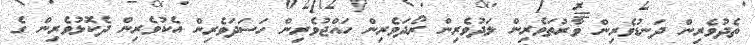
ތެދުވެރިން ދަނޑުވެރިން ވާރުތަވެރިން ލަދުވެރިން ރޯދަވެރިން ހައްޖުވެރިން ހަސަދަވެރިން އެކުވެރިން ދެކޮޅުވެރިން ގެ